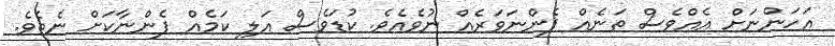
އަހަންނަށް އެއްވެސް ތަނެއް ފެންނަވަރެއް ނުވެއެވެ. ކުޑަވެސް އަލި ކަމެއް ފެންނާކަށް ނެތެވެ.